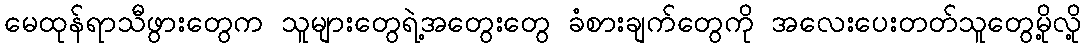
မေထုန်ရာသီဖွားတွေက သူများတွေရဲ့အတွေးတွေ ခံစားချက်တွေကို အလေးပေးတတ်သူတွေမို့လို့